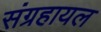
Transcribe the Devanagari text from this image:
संग्रहायल